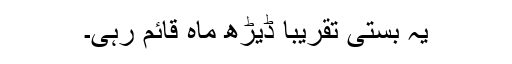
یہ بستی تقریبا ڈیڑھ ماہ قائم رہی۔